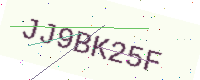
Text: JJ9BK25F